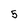
Character: 5